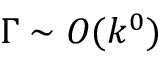
\Gamma \sim { \cal O } ( k ^ { 0 } )